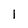
Character: 1